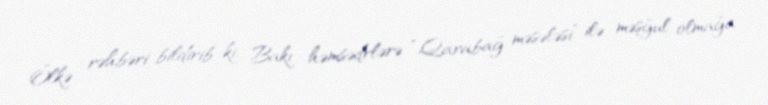
Ölkə rəhbəri bildirib ki, Bakı həmsədrlərə “Qarabağ məsələsi” ilə məşğul olmağa